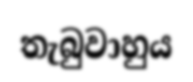
තැබුවාහුය